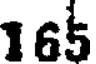
165